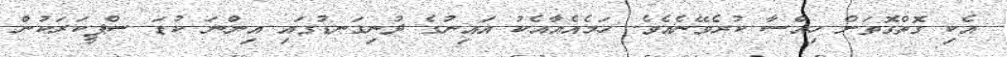
އެކި ގޮތްގޮތަށް ހިއްސާ ކުރެވޭނެއެވެ. ހަމެއެއާއެކު އައިނުގެ ދުނިގަނޑުގައި އިންނަ ކުޑަ ސްޕީކަރަކުން